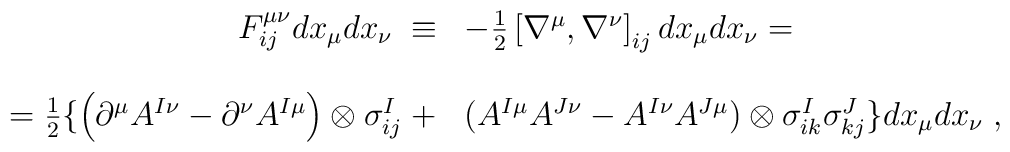
\begin{array}{rl}F^{\mu\nu}_{ij}dx_{\mu}dx_{\nu} \; \equiv &-\frac{1}{2} \left[\nabla^{\mu}, \nabla^{\nu} \right]_{ij} dx_{\mu}dx_{\nu} = \cr\cr = \frac{1}{2} \{ \left( \partial^{\mu}A^{I\nu} - \partial^{\nu}A^{I\mu} \right)\otimes \sigma^{I}_{ij} \; + & (A^{I\mu} A^{J\nu} - A^{I\nu} A^{J\mu})\otimes \sigma^{I}_{ik} \sigma^{J}_{kj} \} dx_{\mu}dx_{\nu} \; ,\end{array}